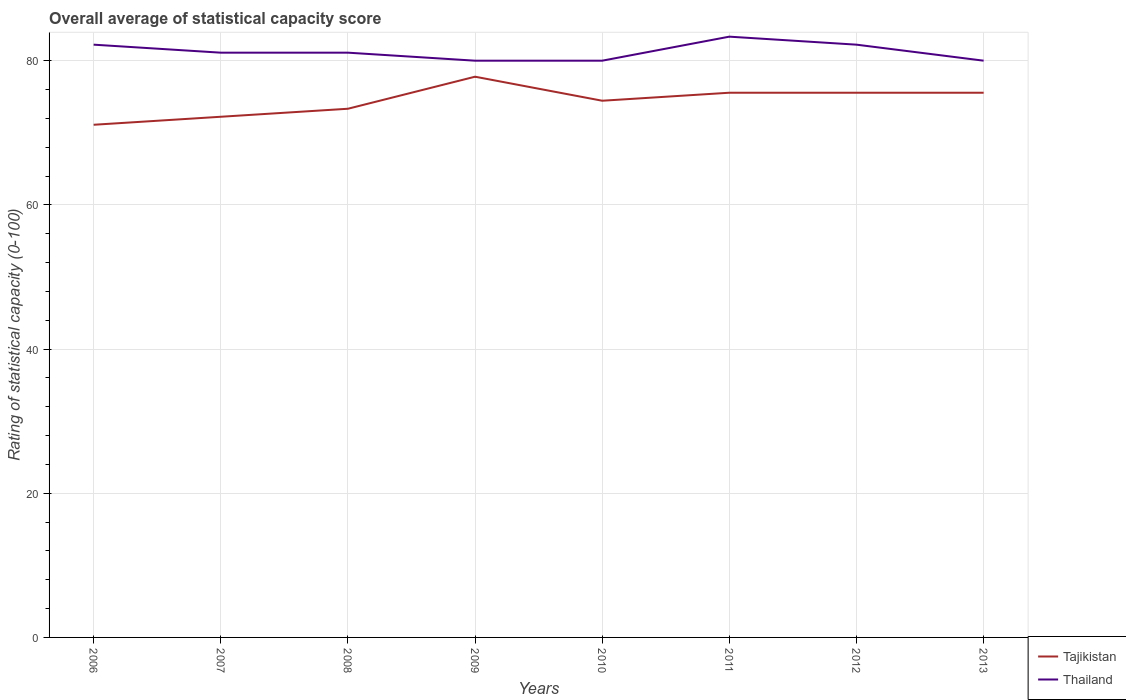
| Years | Tajikistan | Thailand |
 | --- | --- | --- |
 | 2006 | 71.1 | 82.2 |
 | 2007 | 72.2 | 81.1 |
 | 2008 | 73.3 | 81.1 |
 | 2009 | 77.8 | 80 |
 | 2010 | 74.4 | 80 |
 | 2011 | 75.6 | 83.3 |
 | 2012 | 75.6 | 82.2 |
 | 2013 | 75.6 | 80 |